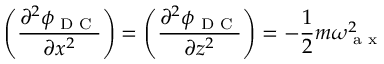
\left( \frac { \partial ^ { 2 } \phi _ { \textrm { D C } } } { \partial x ^ { 2 } } \right) = \left( \frac { \partial ^ { 2 } \phi _ { \textrm { D C } } } { \partial z ^ { 2 } } \right) = - \frac { 1 } { 2 } m \omega _ { \textrm { a x } } ^ { 2 }